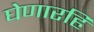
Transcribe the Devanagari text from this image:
घेणारहि